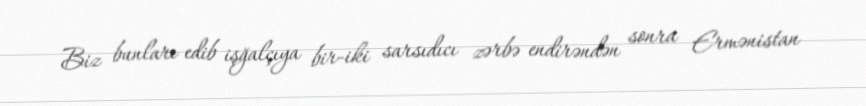
Biz bunları edib işğalçıya bir-iki sarsıdıcı zərbə endirəndən sonra Ermənistan